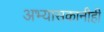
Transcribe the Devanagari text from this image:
अभ्यासकानीही